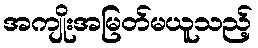
အကျိုးအမြတ်မယူသည့်